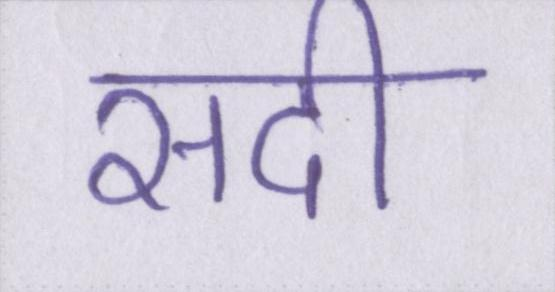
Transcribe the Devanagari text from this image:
सदी